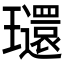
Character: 𤫐